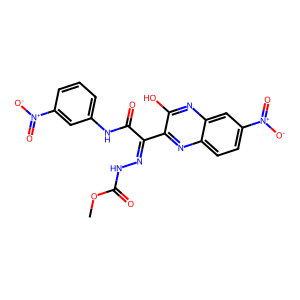
SMILES: COC(=O)NN=C(C(=O)Nc1cccc([N+](=O)[O-])c1)c1nc2ccc([N+](=O)[O-])cc2nc1O
Inhibits HIV replication: No